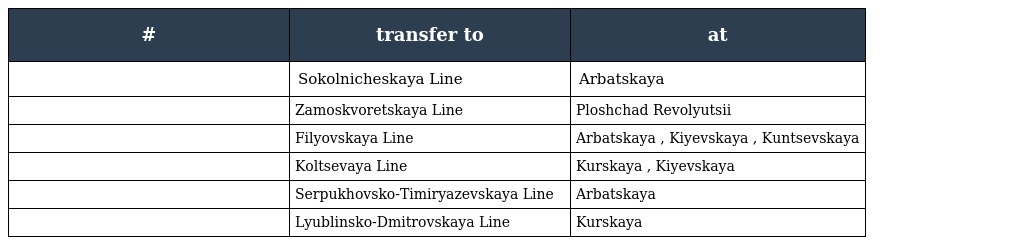
| # | transfer to | at |
 | --- | --- | --- |
 |  | Sokolnicheskaya Line | Arbatskaya |
 |  | Zamoskvoretskaya Line | Ploshchad Revolyutsii |
 |  | Filyovskaya Line | Arbatskaya , Kiyevskaya , Kuntsevskaya |
 |  | Koltsevaya Line | Kurskaya , Kiyevskaya |
 |  | Serpukhovsko-Timiryazevskaya Line | Arbatskaya |
 |  | Lyublinsko-Dmitrovskaya Line | Kurskaya |